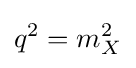
q^{2}=m_{X}^{2}